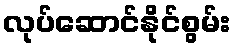
လုပ်ဆောင်နိုင်စွမ်း